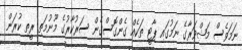
ނަމަވެސް މަޝްވަރާގެ ނަމުގައި ޕާޓީ ތަކެއް ގެންގޮސްގެން ސަރުކާރުގެ މޫނުމަތި ރީތި ކުރަން